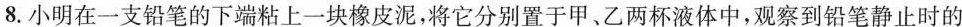
8.小明在一支铅笔的下端粘上一块橡皮泥，将它分别置于甲、乙两杯液体中，观察到铅笔静止时的